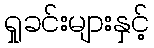
ရှုခင်းများနှင့်